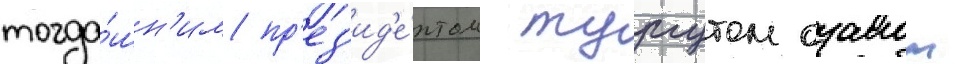
тогда́шн'им пр'ез'ид'е́нтом тургутом озалом